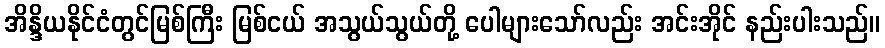
အိန္ဒိယနိုင်ငံတွင်မြစ်ကြီး မြစ်ငယ် အသွယ်သွယ်တို့ ပေါများသော်လည်း အင်းအိုင် နည်းပါးသည်။